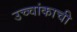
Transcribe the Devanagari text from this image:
उच्चांकाची